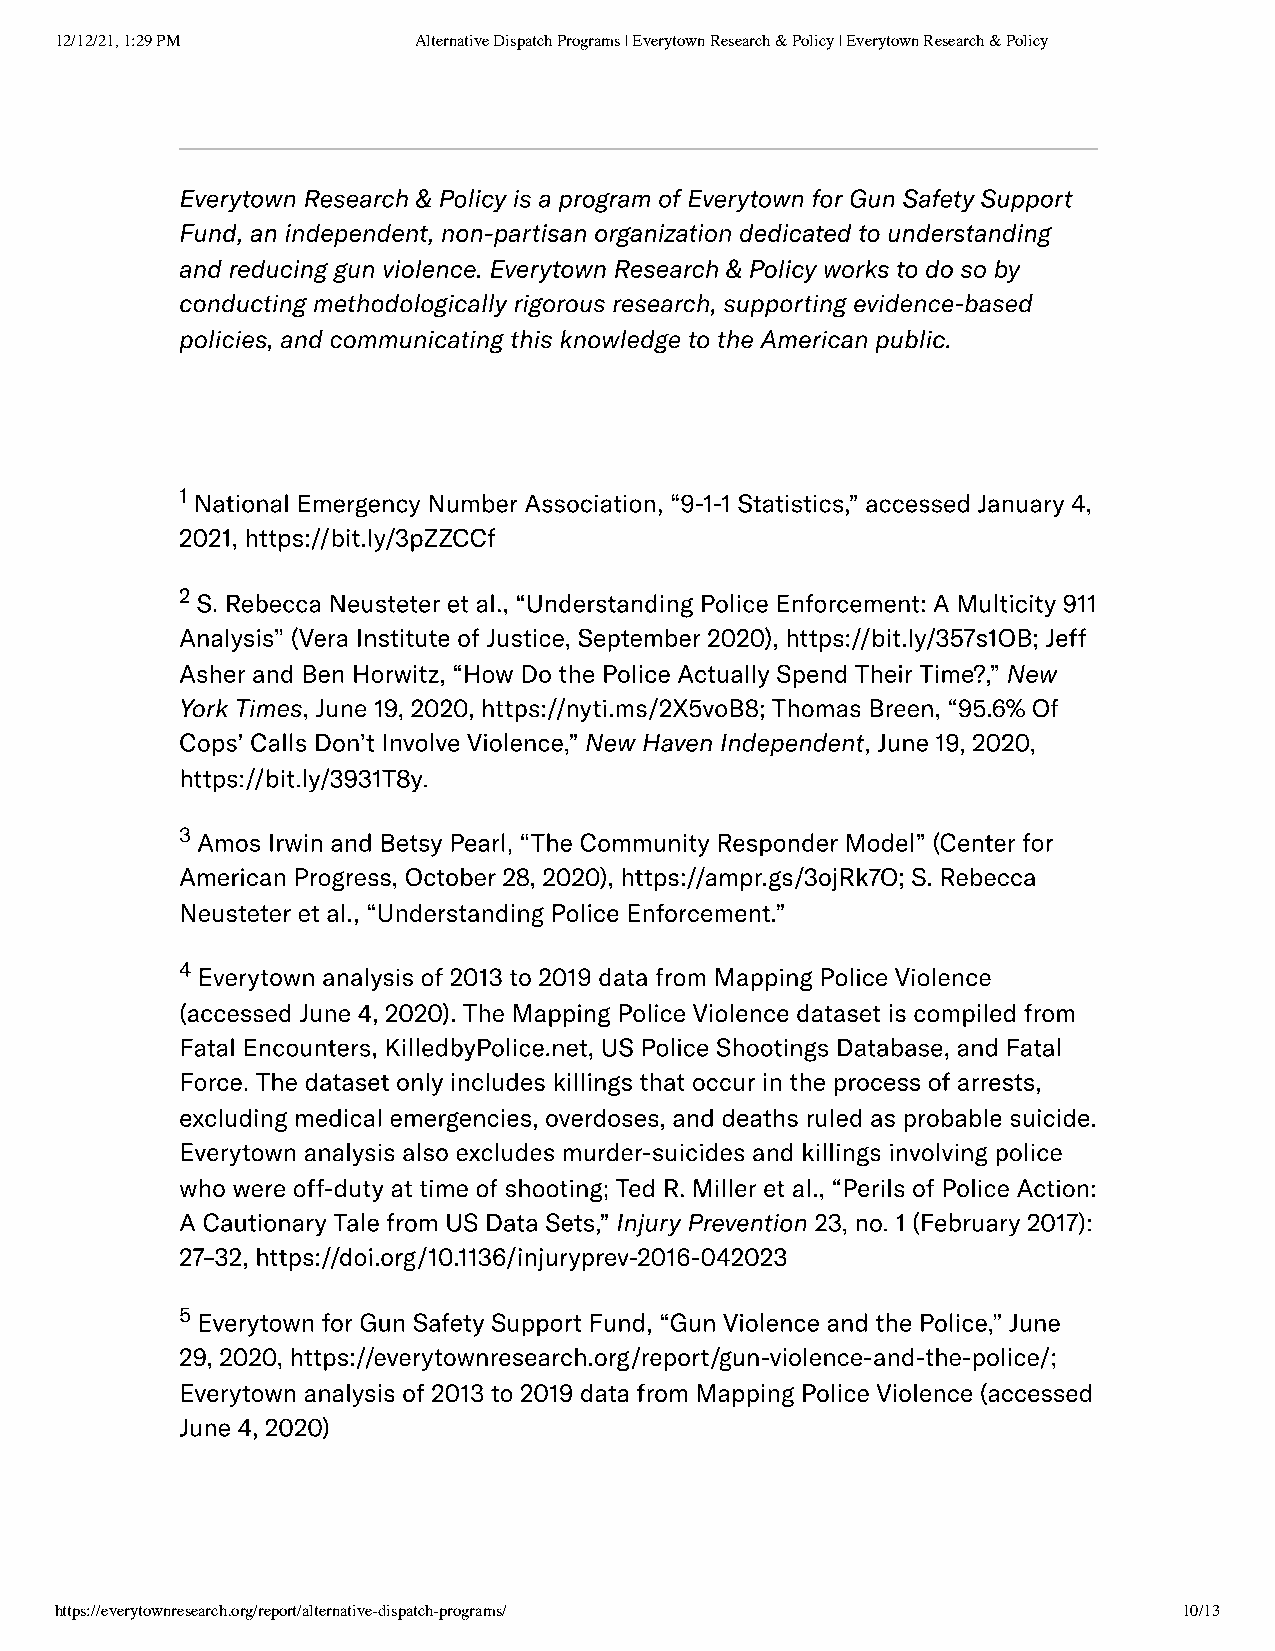
12/12/21, 1:29 PM      Alternative Dispatch Programs | Everytown Research & Policy | Everytown Research & Policy
 Everytown Research & Policy is a program of Everytown for Gun Safety Support
 Fund, an independent, non-partisan organization dedicated to understanding
 and reducing gun violence. Everytown Research & Policy works to do so by
 conducting methodologically rigorous research, supporting evidence-based
 policies, and communicating this knowledge to the American public.
 1National Emergency Number Association, “9-1-1 Statistics,” accessed January 4,
 2021, https://bit.ly/3pZZCCf
 2S. Rebecca Neusteter et al., “Understanding Police Enforcement: A Multicity 911
 Analysis” (Vera Institute of Justice, September 2020), https://bit.ly/357s1OB; Jeff
 Asher and Ben Horwitz, “How Do the Police Actually Spend Their Time?,” New
 York Times, June 19, 2020, https://nyti.ms/2X5voB8; Thomas Breen, “95.6% Of
 Cops’ Calls Don’t Involve Violence,” New Haven Independent, June 19, 2020,
 https://bit.ly/3931T8y.
 3Amos Irwin and Betsy Pearl, “The Community Responder Model” (Center for
 American Progress, October 28, 2020), https://ampr.gs/3ojRk7O; S. Rebecca
 Neusteter et al., “Understanding Police Enforcement.”
 4Everytown analysis of 2013 to 2019 data from Mapping Police Violence
 (accessed June 4, 2020). The Mapping Police Violence dataset is compiled from
 Fatal Encounters, KilledbyPolice.net, US Police Shootings Database, and Fatal
 Force. The dataset only includes killings that occur in the process of arrests,
 excluding medical emergencies, overdoses, and deaths ruled as probable suicide.
 Everytown analysis also excludes murder-suicides and killings involving police
 who were off-duty at time of shooting; Ted R. Miller et al., “Perils of Police Action:
 A Cautionary Tale from US Data Sets,” Injury Prevention 23, no. 1 (February 2017):
 27–32, https://doi.org/10.1136/injuryprev-2016-042023
 5Everytown for Gun Safety Support Fund, “Gun Violence and the Police,” June
 29, 2020, https://everytownresearch.org/report/gun-violence-and-the-police/;
 Everytown analysis of 2013 to 2019 data from Mapping Police Violence (accessed
 June 4, 2020)
 https://everytownresearch.org/report/alternative-dispatch-programs/       10/13